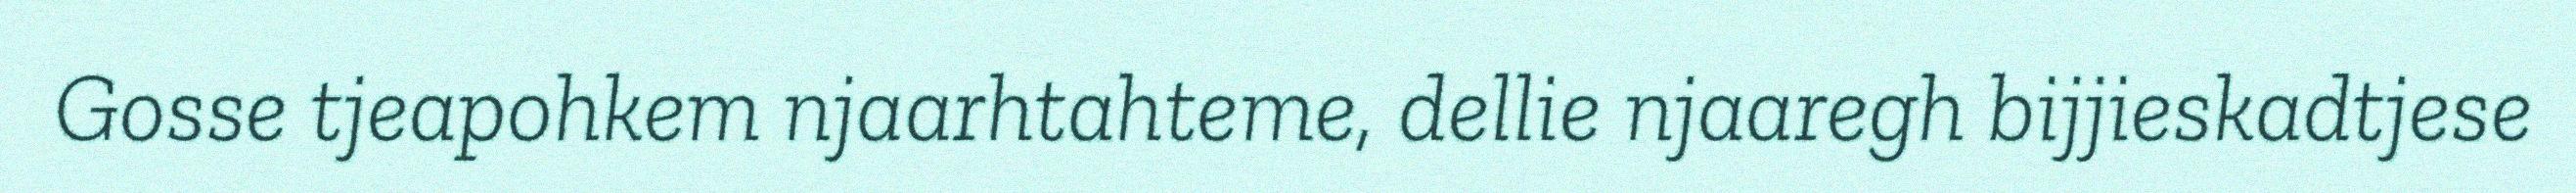
Gosse tjeapohkem njaarhtahteme, dellie njaaregh bijjieskadtjese